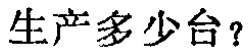
生产多少台？